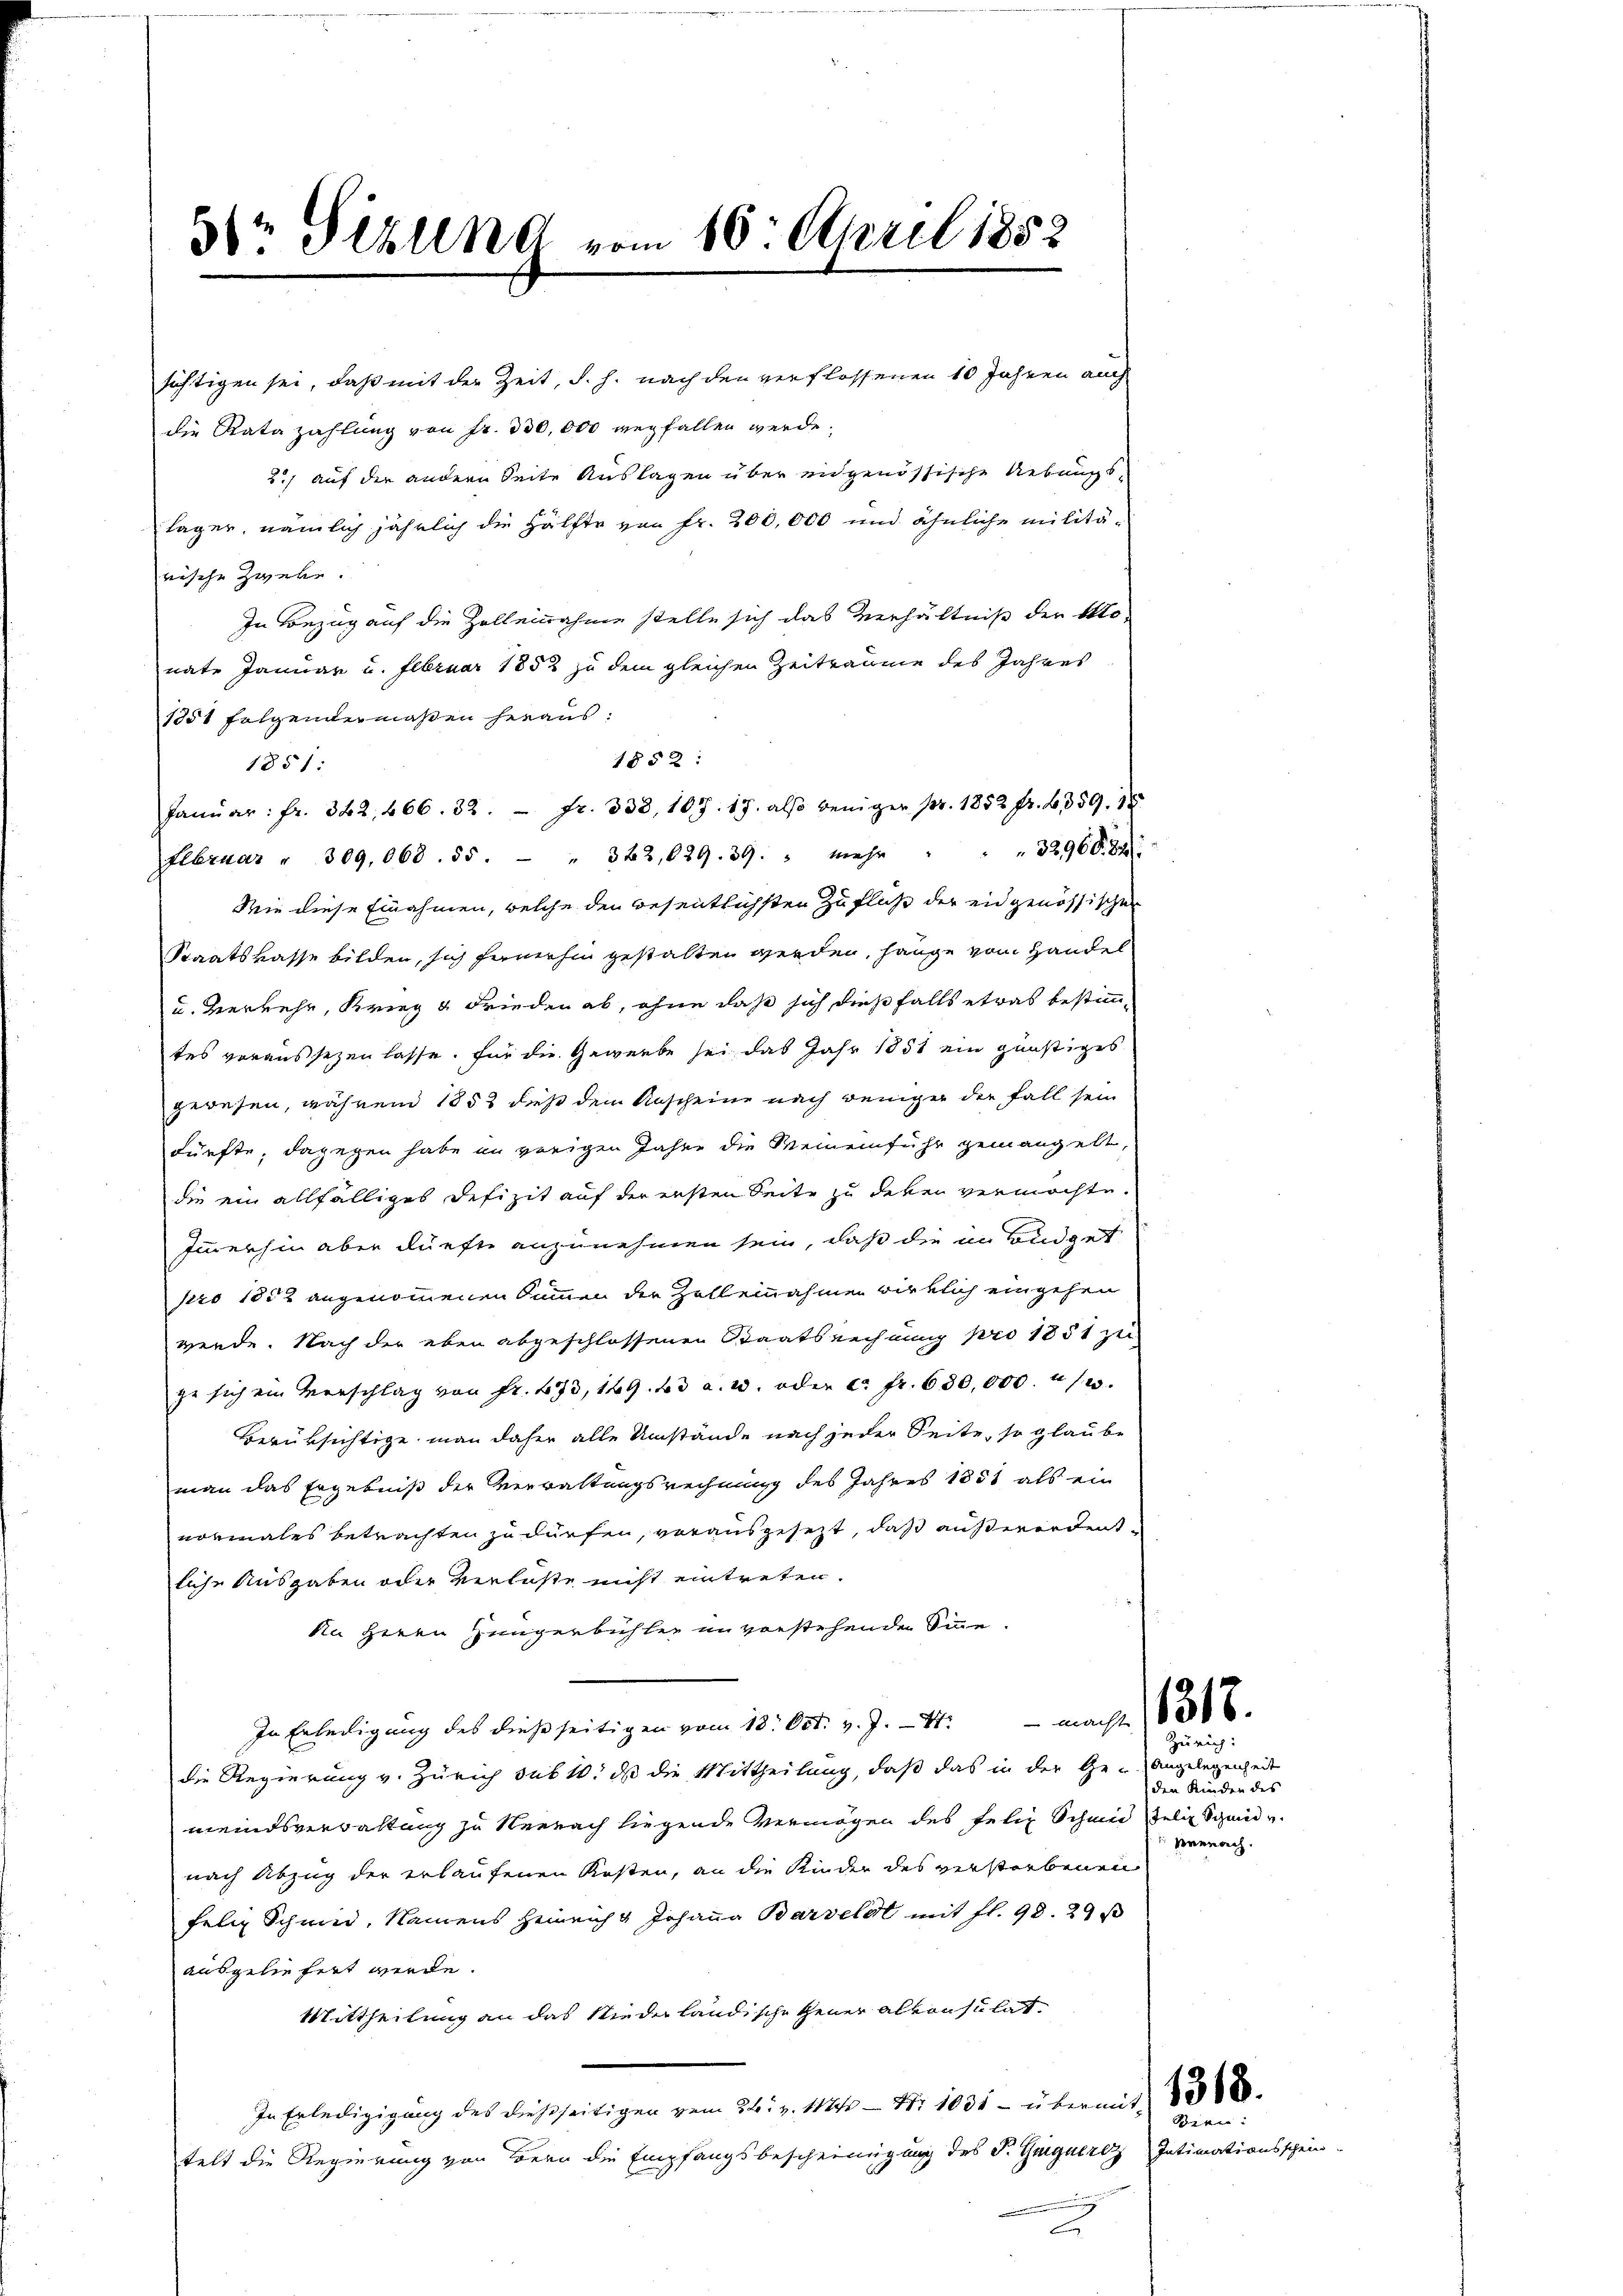
sichtigen sei, daß mit der Zeit, d. h. nach den verflossenen 10 Jahren auch
die Rata zahlung von Fr. 330,000 wegfallen werde,
2.) auf der andern Seite Auslagen über eidgenössische Uebungs¬
Lager, nämlich jährlich die Hälfte von Fr. 200,000 und ähnliche militärische Zweke.
In Bezug auf die Zollennahme stelle sich das Verhältniß der Monate Januar u. Februar 1852 zu dem gleichen Zeiträume des Jahres
1351 folgendermaßen heraus:
1851:
Februar " 309,068. 55. " 362, 629. 39. " Mehr " " " 32960. 84.
Wie diese Einnahmen, welche den wesentlichsten Zufluß der eidgenössischen
Staatskasse bilden, sich fernerhin gestalten werden, hänge vom Handel
u. Verkehr, Krieg u. Frieden ab, ohne daß sich dießfalls etwas bestimmtes voraussezen lasse, für die Gewerbe sei das Jahr 1851 ein günstiges
gewesen, währen 1853 dieß dem Anscheine nach weniger der Fall sein
dürfte, dagegen habe in vorigen Jahre die Meinemführ gemangelt,
die ein allfälliges Defizit auf der ersten Seite zu deken vermöchte.
Immerhin aber dürfte anzunehmen sein, daß die in Budget
pro 1882 angenommenen Summen der Zelleinnahmen wirklich eingehen
werde. Nach der eben abgeschlossenen Staatsrechnung pro 1851 zu
ge sich ein Verschlag von fr. 473, 149. 43 a. 13. oder c. fr. 630,000. u 12.
Berüksichtige man daher alle Umstände nach jeder Seite, so glaube
man das Ergebniß der Verwaltungsrechnung des Jahres 1881 als ein
normales betrachten zu dürfen, vorausgesezt, daß außerordentliche Ausgaben oder verlaste nicht eintreten.
An Herrn Zeugenbühler im vorstehenden Sinne.
In Erledigung des dießseitigen vom 18. Oct. v. J. - 4. macht
die Regierung v. Zürich sub 1. dß die Mittheilung, daß das in der Ge-Angelegenheit
meindsverwaltung zu Nennach liegende Vermögen des Felix Schen Felix Schad v.
nach Abzug der erlaufenen Kosten, an die Kinder des verstorbenen
felig Schmied, Namens Heinrich & Johanna Barzeldt mit fl. 98. 29 s
ausgeliefert werde.
Mittheilung an das Niederländische Gener alkonsulat
In Erledigigŭng des dießseitigen vom 26. v. 1124 - Nr. 1031 - übermit 1500.
telt die Regierung von Bern die Empfangsbescheinigung des P. Guigaerz Intimationsschein-
u

3r Pizlena vom 10. April 1852

1852:
Janŭar: fr. 342, 466. 32.  Fr. 333, 107. 17. also weniger pr. 1852 fr. 359. 18

Zürich:
den Kinden des
Neerach.

Bien: